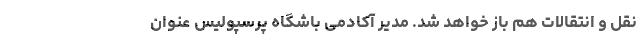
نقل و انتقالات هم باز خواهد شد. مدیر آکادمی باشگاه پرسپولیس عنوان